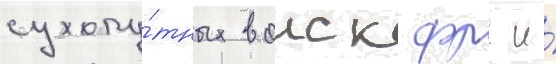
сухопу́тных воиск фрг и́